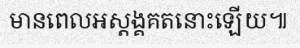
មានពេលអស្តង្គគតនោះឡើយ៕